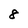
Character: 8